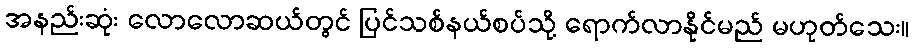
အနည်းဆုံး လောလောဆယ်တွင် ပြင်သစ်နယ်စပ်သို့ ရောက်လာနိုင်မည် မဟုတ်သေး။